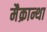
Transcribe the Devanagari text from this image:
मैक्रान्था